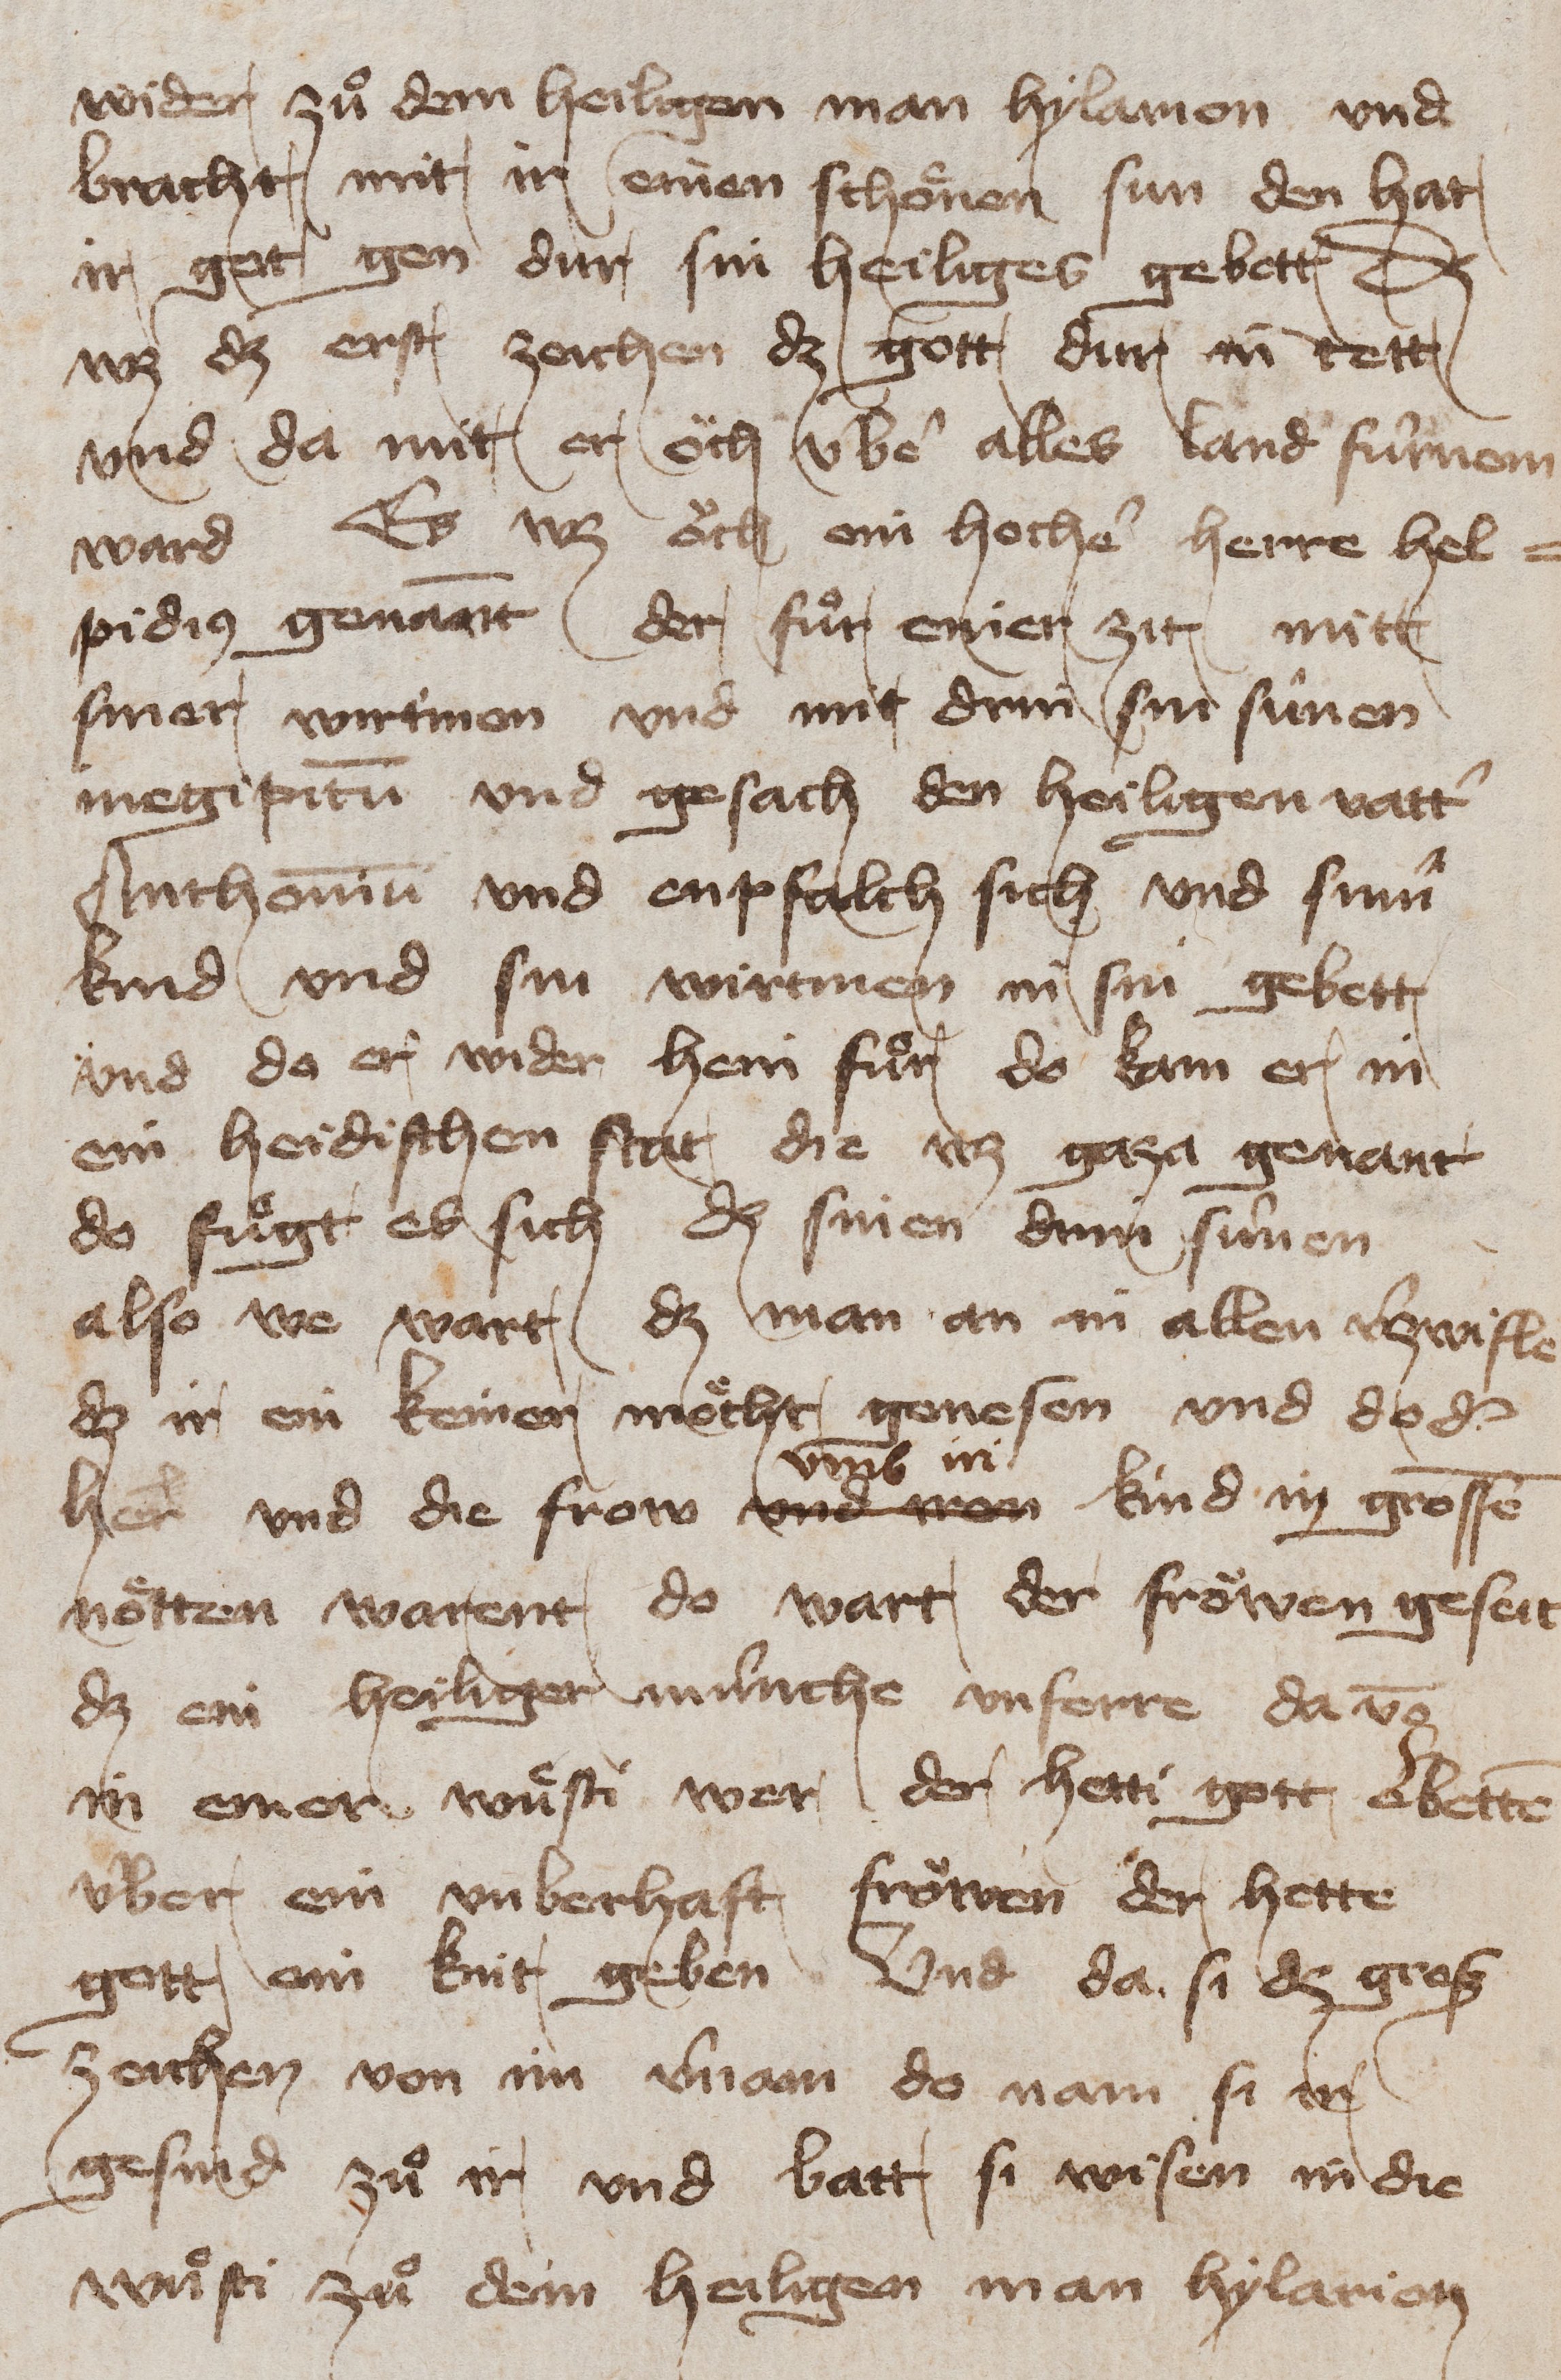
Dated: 1400–1449